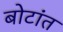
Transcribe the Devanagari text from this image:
बोटांत